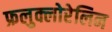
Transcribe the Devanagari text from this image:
फ्रलुक्लोरेलिन